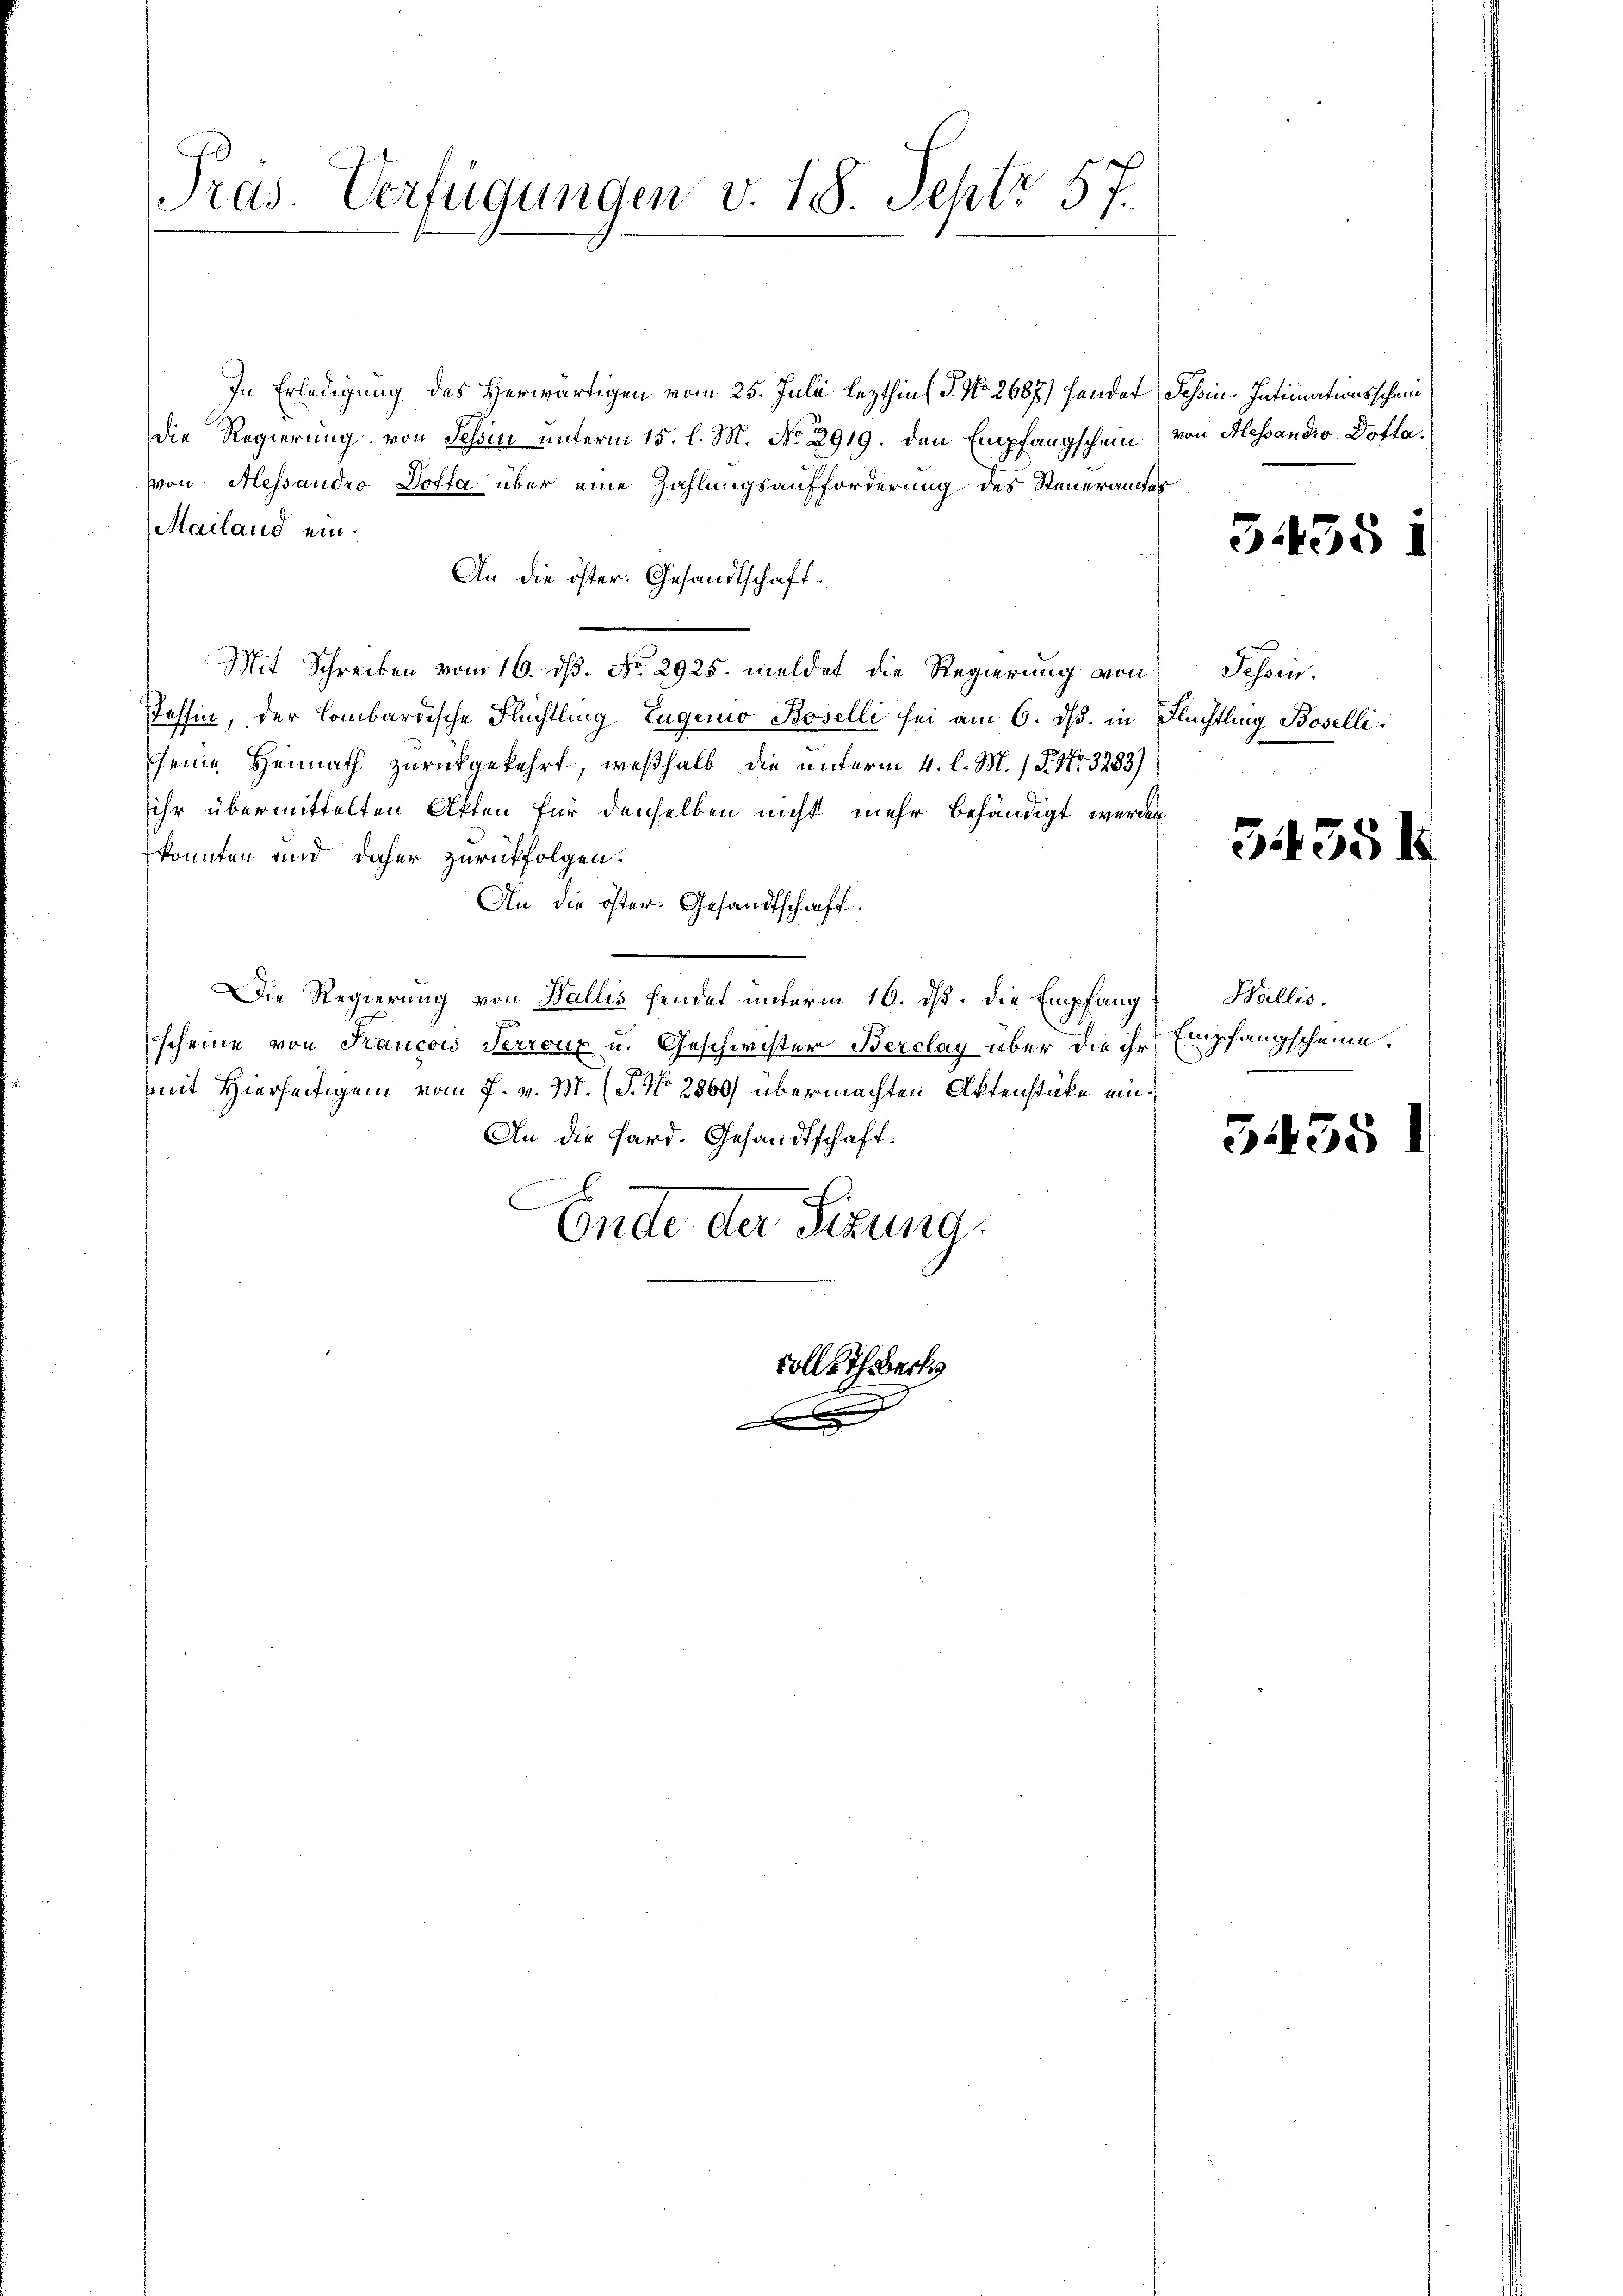
Präs. Verfügungen v. 18. Sept. 57.

In Erledigung des Herwärtigen vom 25. Juli lezthias P. No. 2687) hander Schoin. Intimationsschein
die Regierung von Schen unterm 15. l. M. No. 2919. den Empfangschein) von Alessandro Dotta.
von Alessandro Dotta über eine Zahlungsaufforderung des Steueramtes
Mailand ein.
An die öster. Gesandtschaft.
Mit Schreiben vom 16. ds. No. 2925. meldet die Regierung von Schein¬
Tessin, der Combardische Flüchtling Eugenio Baselli sei am 6. ds. in Flüchtling Boselliseine Heimath zurückgekehrt, weßhalb die unterm 4. l. M. / P. Nr. 3283)
ihr übermittelten Akten für denselben nicht mehr behändigt werden
konnten und daher zurückfolgen.
An die öster. Gesandtschaft.
Die Regierung von Wallis fendet unterm 16. ds. die Empfang Wallis.
scheine von Kancois Terroux u. Geschwister Berclay über die ihr
mit Hierseitigem vom 7. v. M. (T. No 2860) übermachten Aktenstücke ein¬
An die Sard. Gesandtschaft.
C
Ende der Sizung.

vollsch Beck
.

5455.

3351

Empfangscheine.

3458